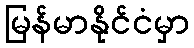
မြန်မာနိုင်ငံမှာ